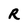
Character: R